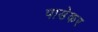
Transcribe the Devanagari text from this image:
पाडेकर